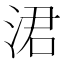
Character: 涒